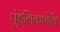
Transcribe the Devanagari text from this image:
पुंडलिकाचेनि